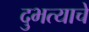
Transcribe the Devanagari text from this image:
दुभत्याचे